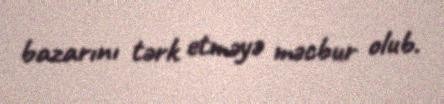
bazarını tərk etməyə məcbur olub.